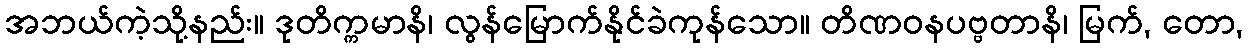
အဘယ်ကဲ့သို့နည်း။ ဒုတိက္ကမာနိ၊ လွန်မြောက်နိုင်ခဲကုန်သော။ တိဏဝနပဗ္ဗတာနိ၊ မြက်, တော,